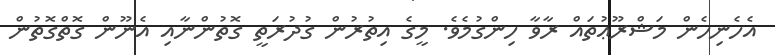
އެހެނިހެން މަޝްރޫޢުތައް ރާވާ ހިންގުމެވެ. މީގެ އިތުރުން ގުދުރަތީ ގޮތުންނާއި އެނޫން ގޮތްގޮތުން